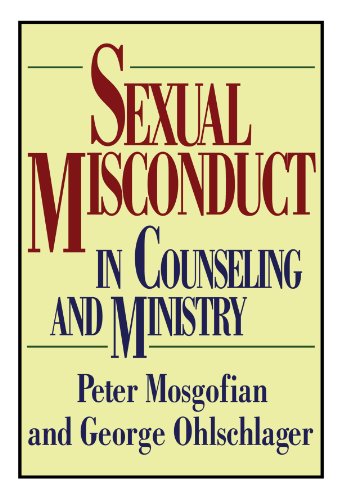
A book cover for Sexual Misconduct in Counseling and Ministry: (Contemporary Christian Counseling); Peter T. Mosgofian; Christian Books & Bibles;